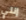
إنتي